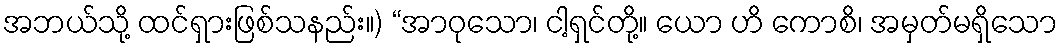
အဘယ်သို့ ထင်ရှားဖြစ်သနည်း။) “အာဝုသော၊ ငါ့ရှင်တို့။ ယော ဟိ ကောစိ၊ အမှတ်မရှိသော